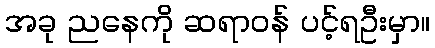
အခု ညနေကို ဆရာဝန် ပင့်ရဦးမှာ။